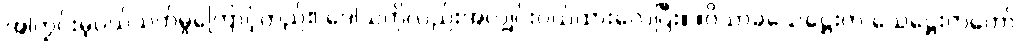
အကြွင်းမဲ့ပယ်သတ်မှုကြောင့်တည်း၊ ဒေါသကိုလည်းအလျှင်းပယ်ထားလေပြီး။ ။ဝိသာခသေဋ္ဌေးက သေဋ္ဌေးကတော်